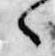
々